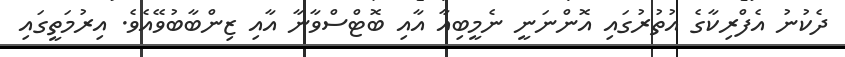
ދެކުނު އެފްރިކާގެ އުތުރުގައި އޮންނަނީ ނެމީބިއާ އާއި ބޮޓްސްވާނާ އާއި ޒިންބާބުވޭއެވެ. އިރުމަތީގައި